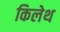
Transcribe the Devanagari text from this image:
किलेथ